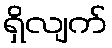
ရှိလျက်